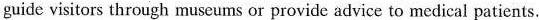
guide visitors through museums or provide advice to medical patients.